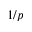
1 / p